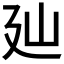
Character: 𢌚